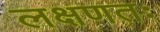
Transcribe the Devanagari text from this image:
लक्षणतः